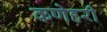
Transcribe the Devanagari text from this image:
कणेहरी